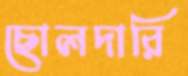
ছোলদারি